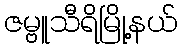
ဇမ္ဗူသီရိမြို့နယ်